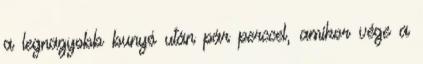
a legnagyobb bunyó után pár perccel, amikor vége a